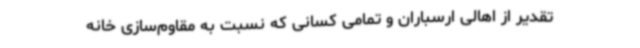
تقدیر از اهالی ارسباران و تمامی کسانی که نسبت به مقاوم‌سازی خانه‌